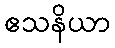
ဧသနိယာ